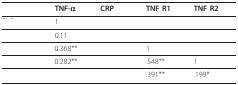
<table><thead><tr><td>[EMPTY_CELL]</td><td><b>TNF-α</b></td><td><b>CRP</b></td><td><b>TNF R1</b></td><td><b>TNF R2</b></td></tr></thead><tbody><tr><td>[EMPTY_CELL]</td><td>1</td><td>[EMPTY_CELL]</td><td>[EMPTY_CELL]</td><td>[EMPTY_CELL]</td></tr><tr><td>[EMPTY_CELL]</td><td>0.11</td><td>[EMPTY_CELL]</td><td>[EMPTY_CELL]</td><td>[EMPTY_CELL]</td></tr><tr><td>[EMPTY_CELL]</td><td>0.368**</td><td>[EMPTY_CELL]</td><td>1</td><td>[EMPTY_CELL]</td></tr><tr><td>[EMPTY_CELL]</td><td>0.282**</td><td>[EMPTY_CELL]</td><td>.548**</td><td>1</td></tr><tr><td>[EMPTY_CELL]</td><td>[EMPTY_CELL]</td><td>[EMPTY_CELL]</td><td>.391**</td><td>.199*</td></tr></tbody></table>